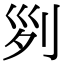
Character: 𠛱